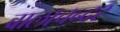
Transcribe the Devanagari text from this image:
बालाचन्दर